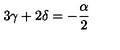
3 \gamma + 2 \delta = - \frac { \alpha } { 2 }